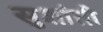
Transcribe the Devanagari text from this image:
सुशांती